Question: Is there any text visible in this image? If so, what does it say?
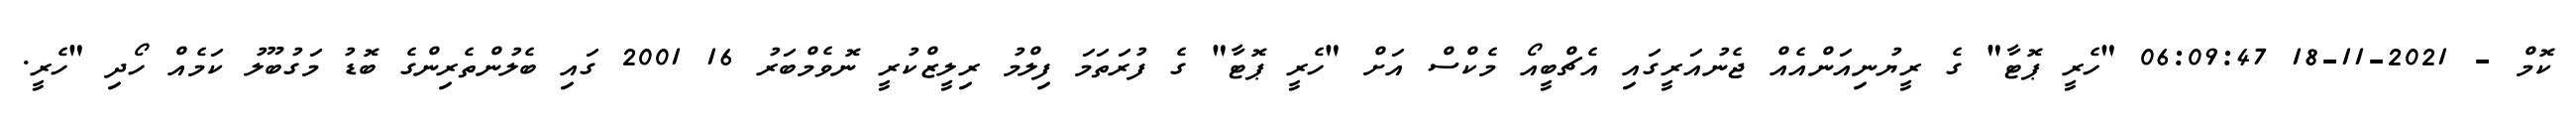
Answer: ކޮމް - 2021-11-18 06:09:47 "ހެރީ ޕޮޓާ" ގެ ރީޔުނިއަންއެއް ޖެނުއަރީގައި އެޗްބީއޯ މެކްސް އަށް "ހެރީ ޕޮޓާ" ގެ ފުރަތަމަ ފިލްމު ރިލީޒްކުރީ ނޮވެމްބަރު 16 2001 ގައި ބެލުންތެރިންގެ ބޮޑު މަގުބޫލު ކަމެއް ހޯދި "ހެރީ.